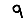
Digit: 9